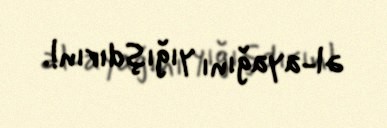
əl-ayağını yığışdırın!.